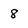
Character: 8